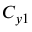
C _ { y 1 }